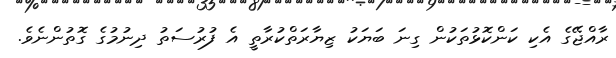
ރާއްޖޭގެ އެކި ކަންކޮޅުތަކުން ގިނަ ބަޔަކު ޒިޔާރަތްކުރާތީ އެ ފުރުސަތު ދިނުމުގެ ގޮތުންނެވެ.